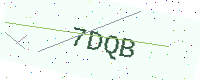
Text: 7DQB